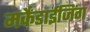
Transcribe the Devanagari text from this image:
मर्केंडाईजिंग